Scientific memoirs by medical officers of the Army of India - Part I,
Year: 1884
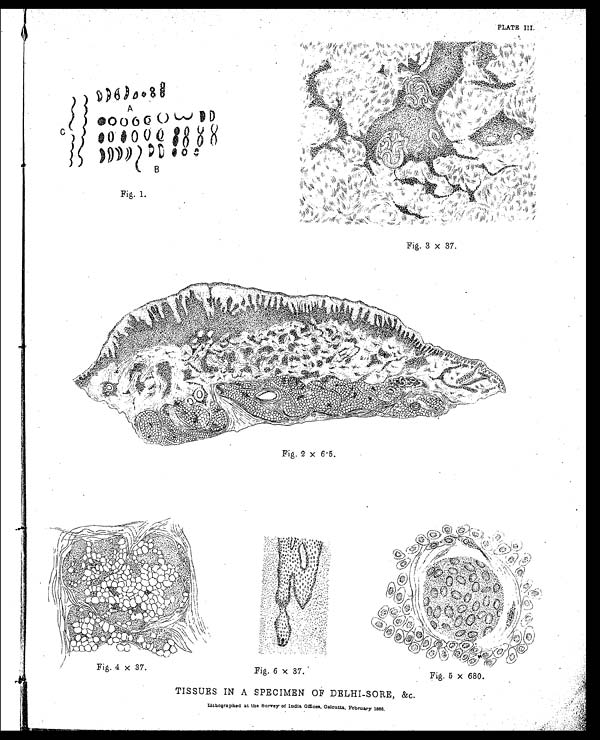
PLATE III.
TISSUES IN A SPECIMEN OF DELHI-SORE, &c.
Lithographed at the Survey of India Offices., Calcutta, February 1886.